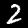
Label: 2